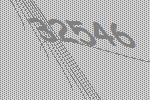
32546